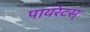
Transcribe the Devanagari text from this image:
पायरेटस्